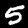
Label: 5